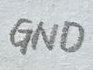
Text: GND